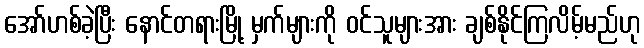
အော်ဟစ်ခဲ့ပြီး နောင်တရားမြို့ မှက်များကို ဝင်သူများအား ချစ်နိုင်ကြလိမ့်မည်ဟု